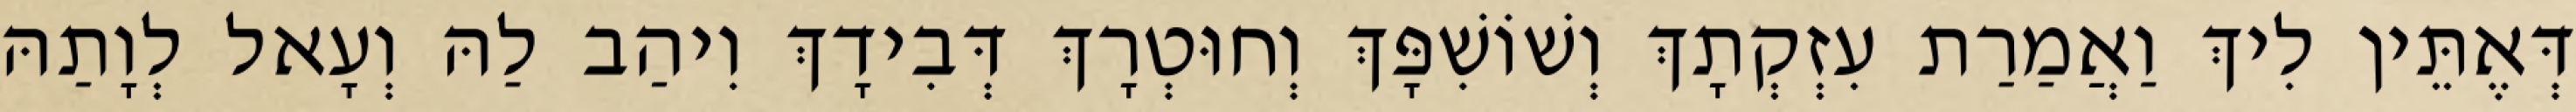
דְּאֶתֵּין לִיךְ וַאֲמַרַת עִזְקְתָךְ וְשׁוֹשִׁפָּךְ וְחוּטְרָךְ דְּבִידָךְ וִיהַב לַהּ וְעָאל לְוָתַהּ